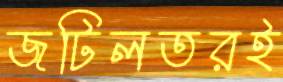
জটিলতরই